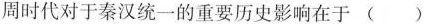
周时代对于秦汉统一的重要历史影响在于()